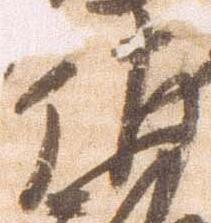
佐